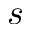
s ^ { \th }